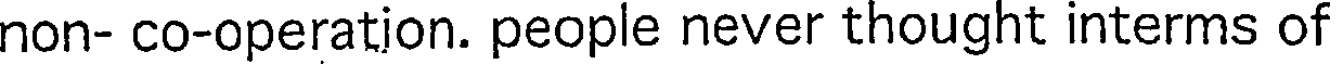
non- co-operation. people never thought interms of